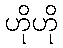
ဟိုဟို